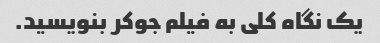
یک نگاه کلی به فیلم جوکر بنویسید.